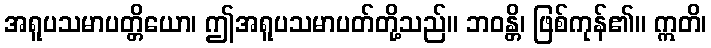
အရူပသမာပတ္တိယော၊ ဤအရူပသမာပတ်တို့သည်။ ဘဝန္တိ၊ ဖြစ်ကုန်၏။ ဣတိ၊